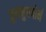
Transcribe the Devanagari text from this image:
चुमनुमपोर्न